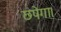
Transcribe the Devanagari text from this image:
छपेगा।